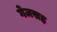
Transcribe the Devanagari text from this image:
गेजसह